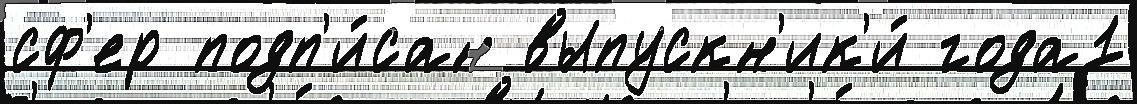
сф'ер подп'и́сан выпускн'ик'и́ года1